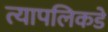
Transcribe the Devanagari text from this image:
त्यापलिकडे